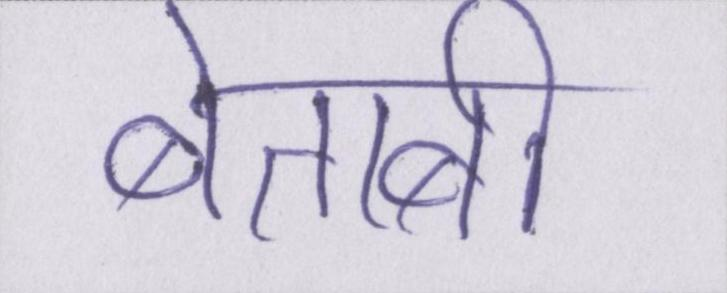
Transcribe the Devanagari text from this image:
बेताबी